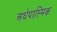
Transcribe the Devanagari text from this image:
अधेपास्मिक